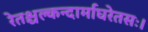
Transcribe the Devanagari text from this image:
रेतश्चल्कन्दार्माघरेतसः।